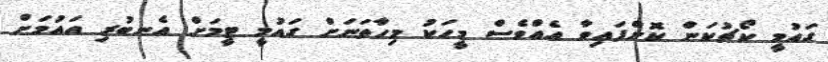
ގައުމީ ކޯޗުކަން ކޮށްފައިވާ އެއްވެސް މީހަކު މިހާތަނަށް ގައުމީ ޓީމަށް އެނބުރި އައުމަށް